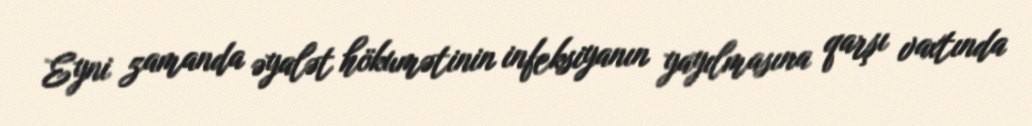
Eyni zamanda əyalət hökumətinin infeksiyanın yayılmasına qarşı vaxtında